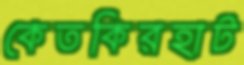
কেতকিরহাট